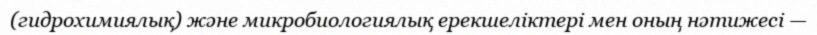
(гидрохимиялық) және микробиологиялық ерекшеліктері мен оның нәтижесі —